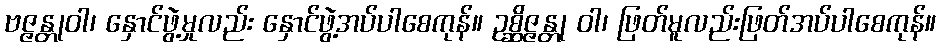
ဗဇ္ဇန္တုဝါ၊ နှောင်ဖွဲ့မှုလည်း နှောင်ဖွဲ့အပ်ပါစေကုန်။ ဥစ္ဆိဇ္ဇန္တု ဝါ၊ ဖြတ်မူလည်းဖြတ်အပ်ပါစေကုန်။